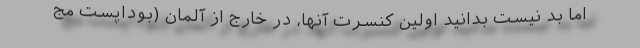
اما بد نیست بدانید اولین کنسرت آنها، در خارج از آلمان (بوداپست مج